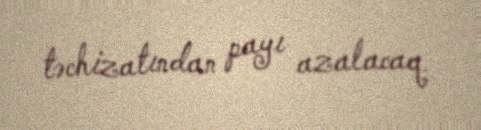
təchizatından payı azalacaq.